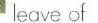
leave of